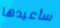
سأعيدها